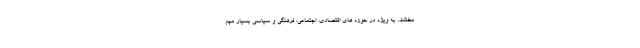
مختلف به ویژه در حوزه های اقتصادی، اجتماعی، فرهنگی و سیاسی بسیار مهم